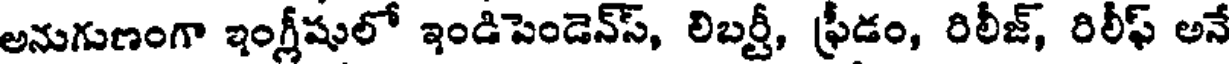
అనుగుణంగా ఇంగ్లీషులో ఇండిపెండెన్స్, లిబర్టీ, ఫ్రీడం, రిలీజ్, రిలీఫ్ అనే